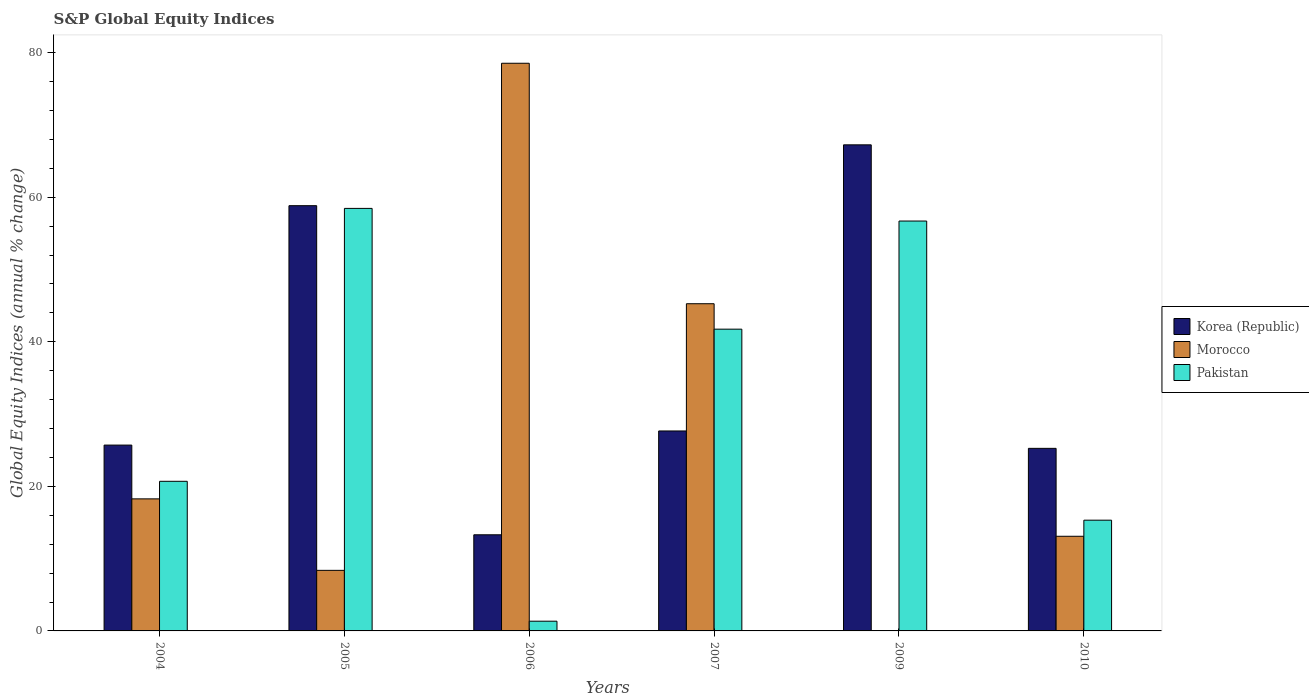
| Years | Korea (Republic) | Morocco | Pakistan |
 | --- | --- | --- | --- |
 | 2004 | 25.7 | 18.3 | 20.7 |
 | 2005 | 58.8 | 8.38 | 58.5 |
 | 2006 | 13.3 | 78.5 | 1.35 |
 | 2007 | 27.7 | 45.3 | 41.7 |
 | 2009 | 67.2 | -1.65 | 56.7 |
 | 2010 | 25.3 | 13.1 | 15.3 |